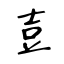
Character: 壴